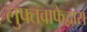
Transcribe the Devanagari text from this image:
लुफ्तवाफेद्वारा